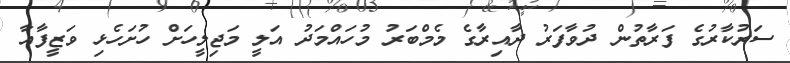
ސަރުކާރުގެ ފަރާތުން ދުވާފަރު ދާއިރާގެ މެމްބަރު މުހައްމަދު އަލީ މަޖިލީހަށް ހުށަހެޅި ވަޒީފާއާ